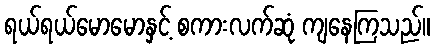
ရယ်ရယ်မောမောနှင့် စကားလက်ဆုံ ကျနေကြသည်။